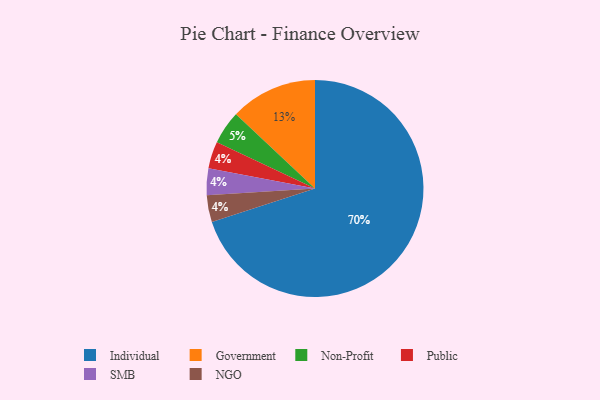
{"axis": {"x": "Category", "y": "Percentage"}, "legend": ["Government", "Individual", "NGO", "Non-Profit", "Public", "SMB"], "data": [{"x": "Government", "y": 13, "type": "Government"}, {"x": "Non-Profit", "y": 5, "type": "Non-Profit"}, {"x": "Public", "y": 4, "type": "Public"}, {"x": "Individual", "y": 70, "type": "Individual"}, {"x": "SMB", "y": 4, "type": "SMB"}, {"x": "NGO", "y": 4, "type": "NGO"}]}